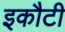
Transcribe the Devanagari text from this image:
इकौटी